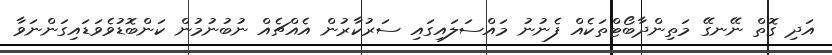
އަދި ގޮތް ނޭނގޭ މަތިންދާބޯޓްތަކެއް ފެނުނު މައްސަލައިގައި ސަރުކާރުން އެއްޗެއް ނުބުނުމުން ކަންބޮޑުވެވަޑައިގަންނަވާ